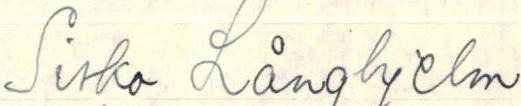
Sisko Långhjelm